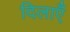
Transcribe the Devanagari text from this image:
दिलाएँ